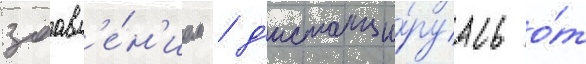
заавл'е́н'ием / д'истанци́руась о́т